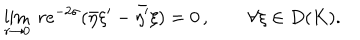
\lim _ { r \rightarrow 0 } ~ r e ^ { - 2 \sigma } ( \bar { \eta } \xi ^ { \prime } - \bar { \eta ^ { \prime } } \xi ) = 0 \, , \qquad \forall \xi \in D ( K ) .